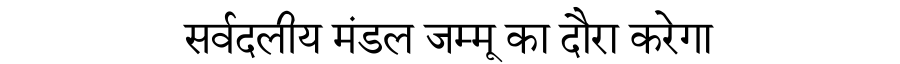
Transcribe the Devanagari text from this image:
सर्वदलीय मंडल जम्मू का दौरा करेगा